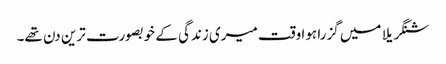
شنگریلا میں گزرا ہوا وقت میری زندگی کے خوبصورت ترین دن تھے۔